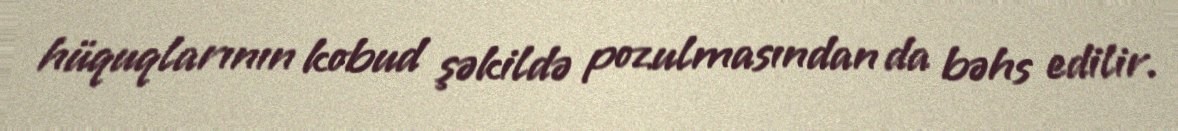
hüquqlarının kobud şəkildə pozulmasından da bəhs edilir.